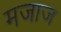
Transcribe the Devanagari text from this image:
मजाज